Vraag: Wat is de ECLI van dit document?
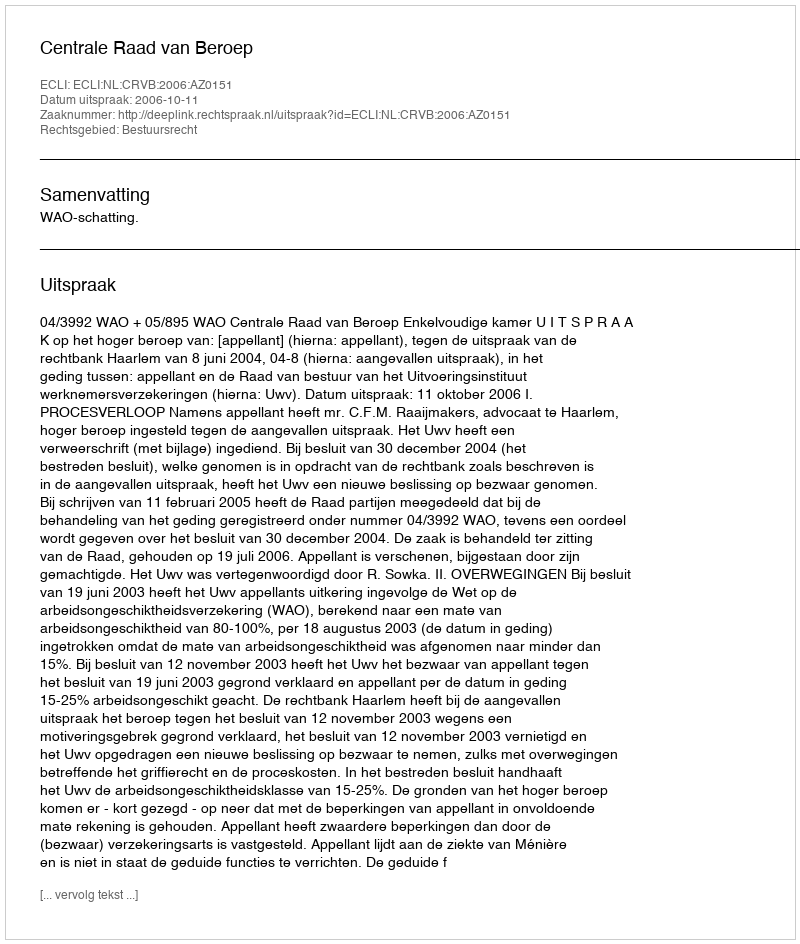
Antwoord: ECLI:NL:CRVB:2006:AZ0151